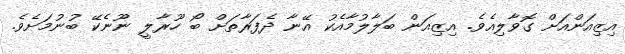
އިޒިއަންއަށް ގޮވާލިއެވެ. އިޒިއަން ބަލާލުމާއެކު އޭނާ ދެފަރާތަށް ބޯ ހޫރާލީ ނޫނެކޭ ބުނުމަށެވެ.